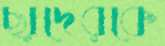
ছাদেরকে